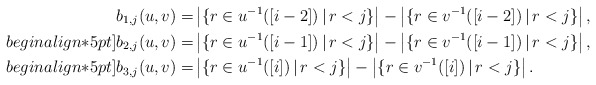
\begin{align*}b_{1,j}(u,v)=&\left|\{r\in u^{-1}([i-2])\,|\, r<j\}\right|-\left|\{r\in v^{-1}([i-2])\,|\, r<j\}\right|,\\begin{align*}5pt]b_{2,j}(u,v)=&\left|\{r\in u^{-1}([i-1])\,|\, r<j\}\right|-\left|\{r\in v^{-1}([i-1])\,|\, r<j\}\right|,\\begin{align*}5pt]b_{3,j}(u,v)=&\left|\{r\in u^{-1}([i])\,|\, r<j\}\right|-\left|\{r\in v^{-1}([i])\,|\, r<j\}\right|.\end{align*}